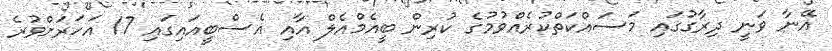
އޭނާ ވަނީ ދިރާގުގައި މަސައްކަތްކުރެއްވުމުގެ ކުރިން ބީއެމްއެލް އާއި އެސްބީއައިގައި 17 އަހަރަށްވުރެ